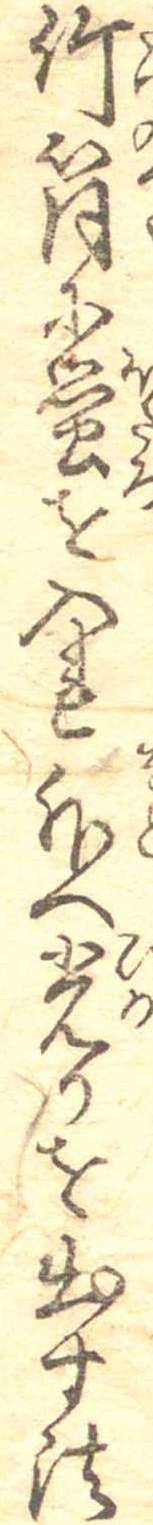
竹筒に蛍を入れ外へ光りを出す法